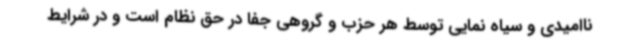
ناامیدی و سیاه نمایی توسط هر حزب و گروهی جفا در حق نظام است و در شرایط